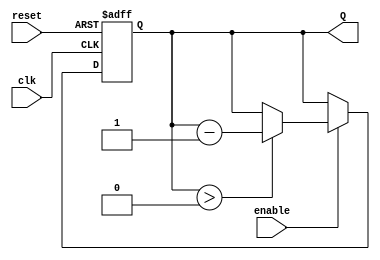
module binary_down_counter #(
    parameter N = 4 // Number of bits for the counter
)(
    input wire clk,        // Clock input
    input wire reset,      // Asynchronous reset input
    input wire enable,     // Enable input
    output reg [N-1:0] Q   // Counter output
);

    // Maximum count value (2^N - 1)
    localparam MAX_COUNT = (1 << N) - 1;

    // Initial state of the counter
    initial begin
        Q = MAX_COUNT; // Initialize the counter to the maximum value
    end

    // Sequential logic for the counter
    always @(posedge clk or posedge reset) begin
        if (reset) begin
            Q <= MAX_COUNT; // Reset the counter to the maximum value
        end else if (enable) begin
            if (Q > 0) begin
                Q <= Q - 1; // Decrement the counter
            end
            // If Q is already 0, it will remain 0
        end
    end

endmodule